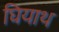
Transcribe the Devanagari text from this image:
घियाथ